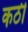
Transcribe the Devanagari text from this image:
कठी